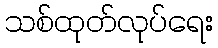
သစ်ထုတ်လုပ်ရေး